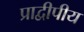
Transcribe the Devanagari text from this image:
प्राद्वीपीय